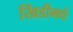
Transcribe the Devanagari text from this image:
खिंडीमधे